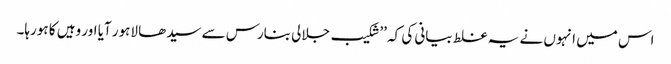
اس میں انہوں نے یہ غلط بیانی کی کہ ’’شکیب جلالی بنارس سے سیدھا لاہور آیا اور وہیں کا ہورہا۔